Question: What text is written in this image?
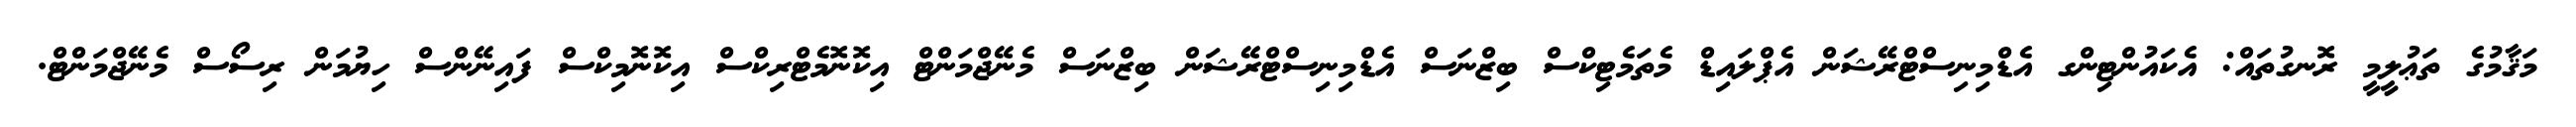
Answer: މަޤާމުގެ ތަޢުލީމީ ރޮނގުތައް: އެކައުންޓިންގ އެޑްމިނިސްޓްރޭޝަން އެޕްލައިޑް މެތަމެޓިކްސް ބިޒްނަސް އެޑްމިނިސްޓްރޭޝަން ބިޒްނަސް މެނޭޖްމަންޓް އިކޮނޮމެޓްރިކްސް އިކޮނޮމިކްސް ފައިނޭންސް ހިޔުމަން ރިސޯސް މެނޭޖްމަންޓް.